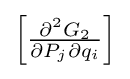
{\textstyle \left[{\frac {\partial ^{2}G_{2}}{\partial P_{j}\partial q_{i}}}\right]}